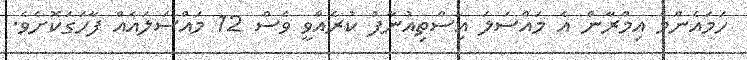
ހަމައެންމެ އިމްރާން އެ މައްސަލަ އިސްތިއުނާފު ކުރެއްވީ ވެސް 12 މައްސަލައެއް ފާހަގަކޮށެވެ.